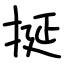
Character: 挻